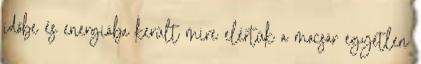
időbe és energiába került mire elértük a mocsár egyetlen